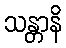
သန္တာနိ